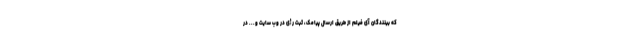
که بینندگان آی فیلم از طریق ارسال پیامک، ثبت رأی در وب سایت و... در